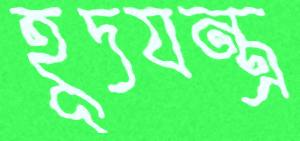
হূদযন্ত্র